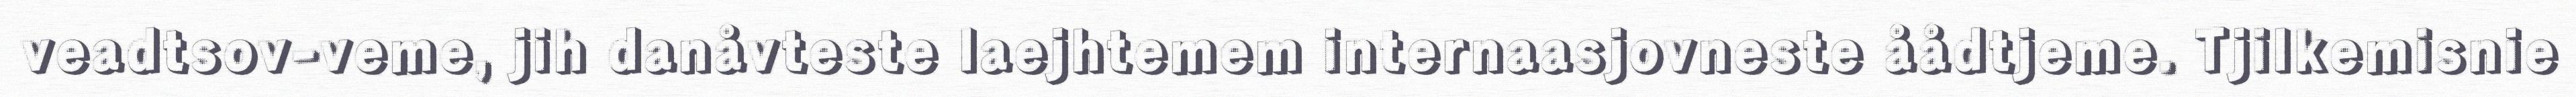
veadtsov-veme, jih danåvteste laejhtemem internaasjovneste åådtjeme. Tjilkemisnie